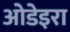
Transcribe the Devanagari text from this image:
ओडेइरा